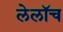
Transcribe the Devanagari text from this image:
लेलॉच